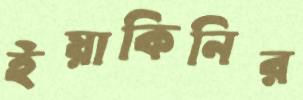
ইয়াকিনির